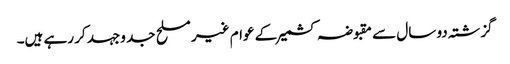
گزشتہ دو سال سے مقبوضہ کشمیر کے عوام غیر مسلح جد وجہد کر رہے ہیں۔